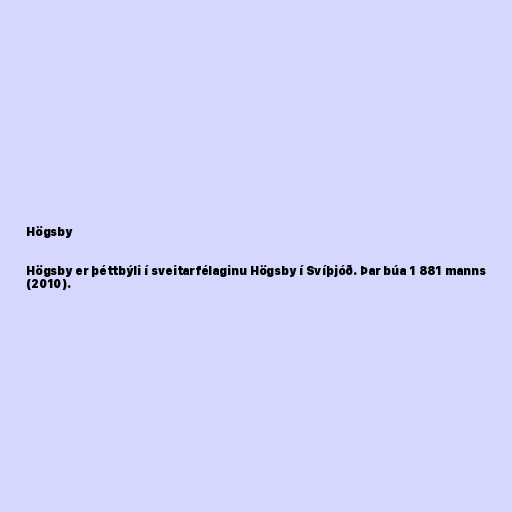
Högsby

Högsby er þéttbýli í sveitarfélaginu Högsby í Svíþjóð. Þar búa 1 881 manns
(2010).